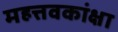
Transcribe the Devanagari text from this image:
महत्तवकांक्षा